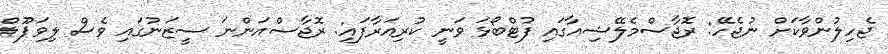
ޖެހިލުންވާކަށް ނުޖެހޭ: ރޮޖާސްމެލޭޝިއާގައި ފުޓްބޯޅަ ވަނީ ކުރިއަރާފައި: ރޮޖާސްއަންނަ ސީޒަނުގައި ވެސް ލިވަޕޫލް